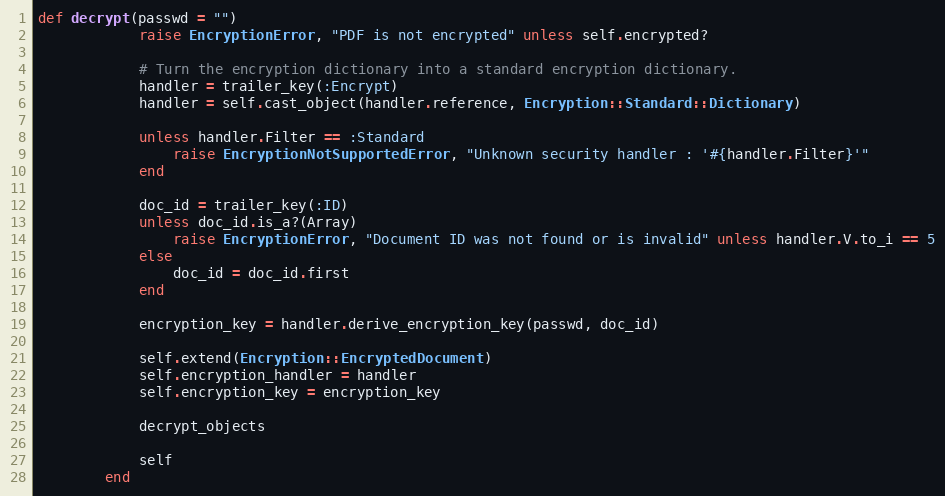
Language: Ruby
def decrypt(passwd = "")
            raise EncryptionError, "PDF is not encrypted" unless self.encrypted?

            # Turn the encryption dictionary into a standard encryption dictionary.
            handler = trailer_key(:Encrypt)
            handler = self.cast_object(handler.reference, Encryption::Standard::Dictionary)

            unless handler.Filter == :Standard
                raise EncryptionNotSupportedError, "Unknown security handler : '#{handler.Filter}'"
            end

            doc_id = trailer_key(:ID)
            unless doc_id.is_a?(Array)
                raise EncryptionError, "Document ID was not found or is invalid" unless handler.V.to_i == 5
            else
                doc_id = doc_id.first
            end

            encryption_key = handler.derive_encryption_key(passwd, doc_id)

            self.extend(Encryption::EncryptedDocument)
            self.encryption_handler = handler
            self.encryption_key = encryption_key

            decrypt_objects

            self
        end